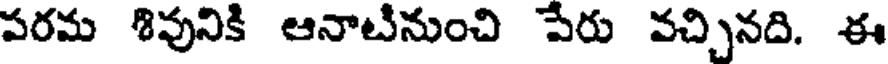
పరమ శివునికి ఆనాటినుంచి పేరు వచ్చినది. ఈ